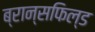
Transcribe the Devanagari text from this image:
ब्रान्सफिल्ड